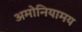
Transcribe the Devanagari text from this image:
अमोनियामय